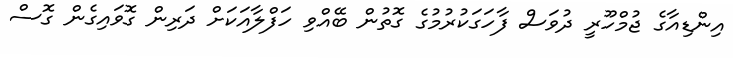
އިންޑިއާގެ ޖުމްހޫރީ ދުވަސް ފާހަގަކުރުމުގެ ގޮތުން ބޭއްވި ހަފްލާއަކަށް ދަރިން ގޮވައިގެން ގޮސް